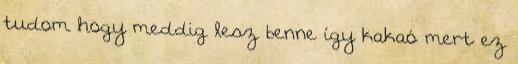
tudom hogy meddig lesz benne így kakaó mert ez